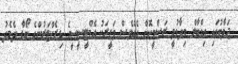
ޖަވާބުގައި އިގްބާލް ވިދާޅުވީ ރަސްމީކޮށް އެއްވެސް ވަޒީރަކު އެމްޓީސީސީގެ ޑިރެކްޓަރުންގެ ބޯޑާ ދެމެދު